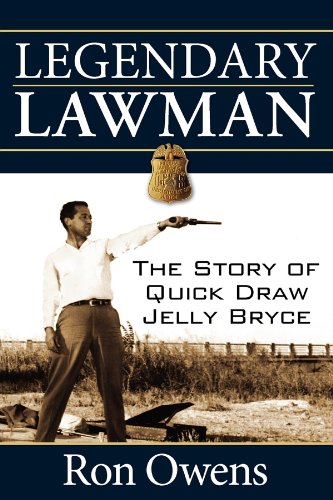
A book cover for Legendary Lawman: The Story of Quick Draw Jelly Bryce; Ron Owens; Biographies & Memoirs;